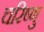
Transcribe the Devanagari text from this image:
चरिष्णु